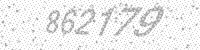
Solution: 862179